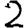
Digit: 2